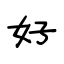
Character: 好